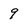
Character: 9